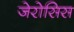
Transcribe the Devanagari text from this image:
जेरोसिस